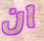
ان